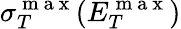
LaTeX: \sigma_{T}^{\mathrm{~m~a~x~}}(E_{T}^{\mathrm{~m~a~x~}})